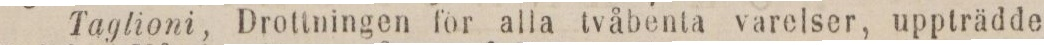
Taglioni, Drottningen för alla tvåbenta varelser, uppträdde